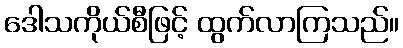
ဒေါသကိုယ်စီဖြင့် ထွက်လာကြသည်။